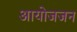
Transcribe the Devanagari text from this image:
आयोजजन